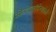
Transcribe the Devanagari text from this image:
ओव्हरलॉर्डच्यावेळी